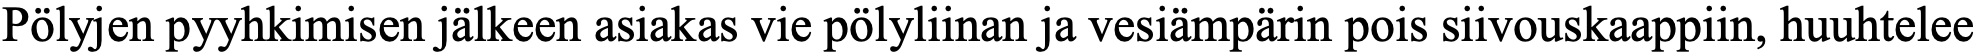
Pölyjen pyyhkimisen jälkeen asiakas vie pölyliinan ja vesiämpärin pois siivouskaappiin, huuhtelee